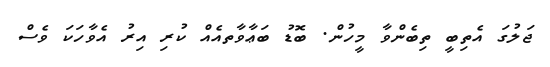
ޖަލުގަ އެތިބީ ތިބެންވާ މީހުން. ބޮޑު ބަޢާވާތއެއް ކުރި އިރު އެވާހަކަ ވެސް